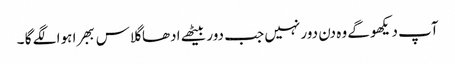
آپ دیکھو گے وہ دن دور نہیں جب دور بیٹھے ادھا گلاس ببھرا ہوا لگے گا ۔